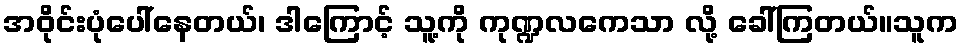
အဝိုင်းပုံပေါ်နေတယ်၊ ဒါကြောင့် သူ့ကို ကုဏ္ဍလကေသာ လို့ ခေါ်ကြတယ်။သူက